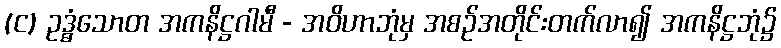
(င) ဥဒ္ဓံသောတ အကနိဋ္ဌဂါမီ - အဝိဟာဘုံမှ အစဉ်အတိုင်းတက်လာ၍ အကနိဋ္ဌဘုံ၌